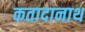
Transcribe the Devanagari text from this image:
कतादानाथ